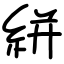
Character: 絣